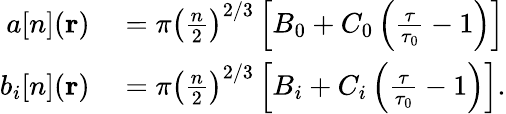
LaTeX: \begin{array}{rl}{a[n](\mathbf{r})}&{{}=\pi\left(\frac{n}{2}\right)^{2/3}\left[B_{0}+C_{0}\left(\frac{\tau}{\tau_{0}}-1\right)\right]}\\ {b_{i}[n](\mathbf{r})}&{{}=\pi\left(\frac{n}{2}\right)^{2/3}\left[B_{i}+C_{i}\left(\frac{\tau}{\tau_{0}}-1\right)\right].}\end{array}